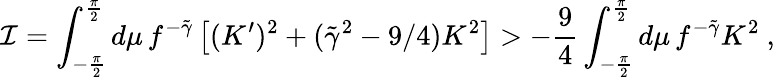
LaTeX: \mathcal{I}=\int_{-{\frac{{\pi}}{{2}}}}^{\frac{{\pi}}{{2}}}d\mu\, f^{-\tilde{{\gamma}}}\left[(K^{\prime})^{2}+(\tilde{{\gamma}}^{2}-9/4)K^{2}\right]>{-{\frac{{9}}{{4}}}}\int_{-{\frac{{\pi}}{{2}}}}^{\frac{{\pi}}{{2}}}d\mu\, f^{-\tilde{{\gamma}}}K^{2}\ ,